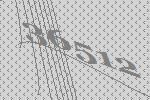
36512